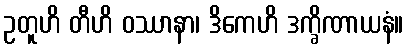
ဥတူဟိ တီဟိ ဝဿာနာ၊ ဒိကေဟိ ဒက္ခိဏာယနံ။